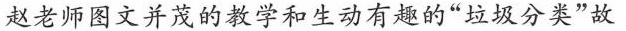
赵老师图文并茂的教学和生动有趣的”垃圾分类”故